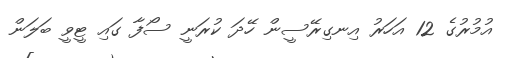
އުމުރުގެ 12 އަހަރު އިނގިރޭސީން ހޭދަ ކުރަނީ ސޯފާ ގައި ޓީވީ ބަލަން